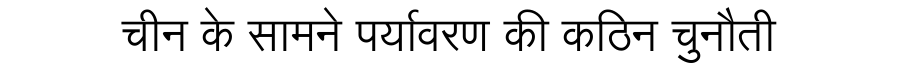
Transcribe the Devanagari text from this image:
चीन के सामने पर्यावरण की कठिन चुनौती